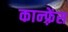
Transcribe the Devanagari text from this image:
कान्‍फ़्रेंस